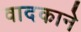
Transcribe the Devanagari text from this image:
वादकाने